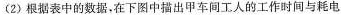
(2)根据表中的数据，在下图中描出甲车间工人的工作时间与耗电